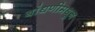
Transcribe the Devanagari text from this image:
बांधणीमधून